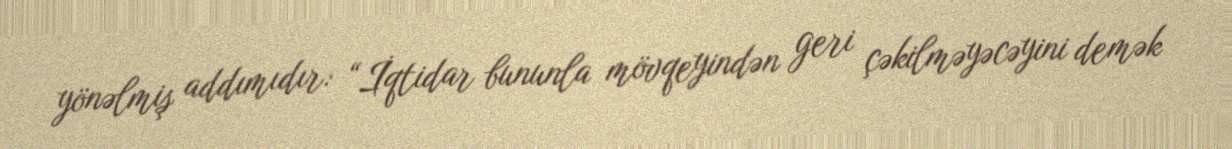
yönəlmiş addımıdır: “İqtidar bununla mövqeyindən geri çəkilməyəcəyini demək